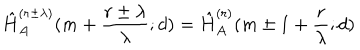
\hat { H } _ { A } ^ { ( r \pm \lambda ) } ( m + \frac { r \pm \lambda } { \lambda } ; d ) = \hat { H } _ { A } ^ { ( r ) } ( m \pm 1 + \frac { r } { \lambda } ; d )